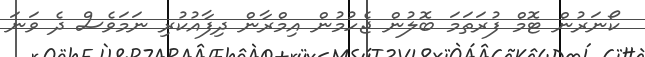
ކޯނަރުން ޓޮމް ފުރަތަމަ ބޮލުން ޖެހުމުން އިމްރާން ދިފާއުކުރި ނަމަވެސް ދެ ވަނަ